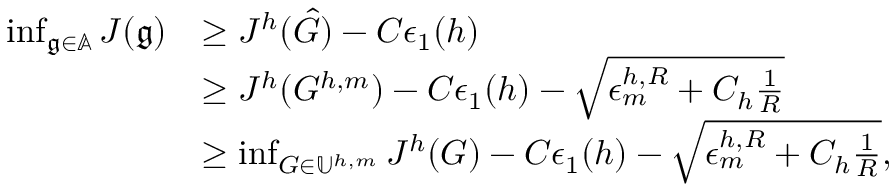
\begin{array} { r l } { \operatorname* { i n f } _ { \mathfrak { g } \in \mathbb { A } } J ( \mathfrak { g } ) } & { \geq J ^ { h } ( \hat { G } ) - C \epsilon _ { 1 } ( h ) } \\ & { \geq J ^ { h } ( G ^ { h , m } ) - C \epsilon _ { 1 } ( h ) - \sqrt { \epsilon _ { m } ^ { h , R } + C _ { h } \frac { 1 } { R } } } \\ & { \geq \operatorname* { i n f } _ { G \in \mathbb { U } ^ { h , m } } J ^ { h } ( G ) - C \epsilon _ { 1 } ( h ) - \sqrt { \epsilon _ { m } ^ { h , R } + C _ { h } \frac { 1 } { R } } , } \end{array}